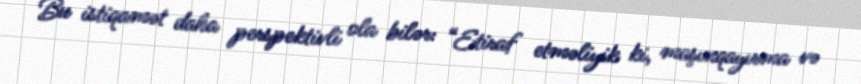
Bu istiqamət daha perspektivli ola bilər: “Etiraf etməliyik ki, maşınqayırma və